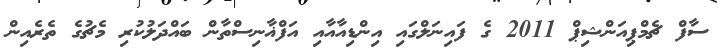
ސާފް ޗެމްޕިއަންޝިޕް 2011 ގެ ފައިނަލްގައި އިންޑިއާއާއި އަފްޣާނިސްތާން ބައްދަލުކުރި މެޗުގެ ތެރެއިން